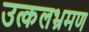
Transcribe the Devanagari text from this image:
उत्कलभ्रमण